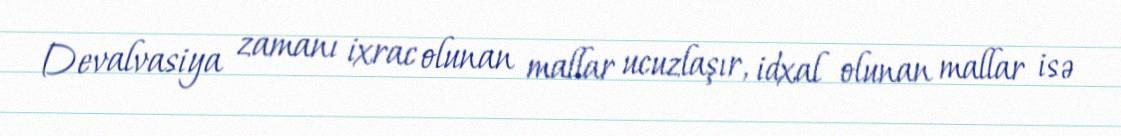
Devalvasiya zamanı ixrac olunan mallar ucuzlaşır, idxal olunan mallar isə